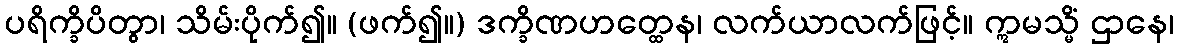
ပရိက္ခိပိတွာ၊ သိမ်းပိုက်၍။ (ဖက်၍။) ဒက္ခိဏဟတ္ထေန၊ လက်ယာလက်ဖြင့်။ ဣမသ္မိံ ဌာနေ၊